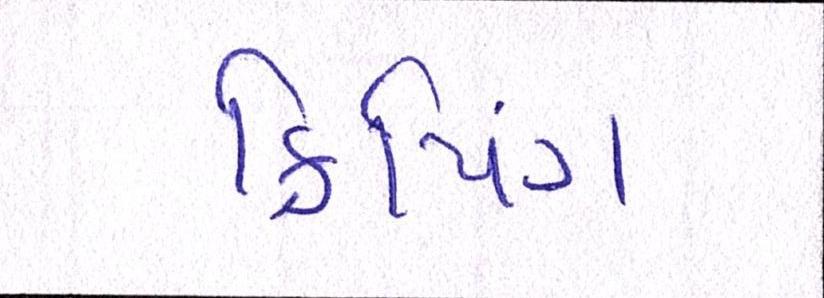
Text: ક્રિપિંગ